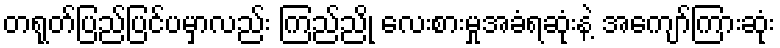
တရုတ်ပြည်ပြင်ပမှာလည်း ကြည်ညို လေးစားမှုအခံရဆုံးနဲ့ အကျော်ကြားဆုံး